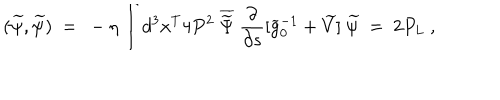
( \widetilde \psi , \widetilde \psi ) \ = \ - \eta \int d ^ { 3 } x ^ { T } 4 P ^ { 2 } \ \overline { { { \widetilde \Psi } } } \ \frac { \partial } { \partial s } [ \widetilde g _ { 0 } ^ { - 1 } + \widetilde V ] \ \widetilde \psi \ = \ 2 P _ { L } \ ,